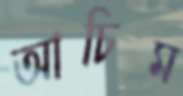
আচিম